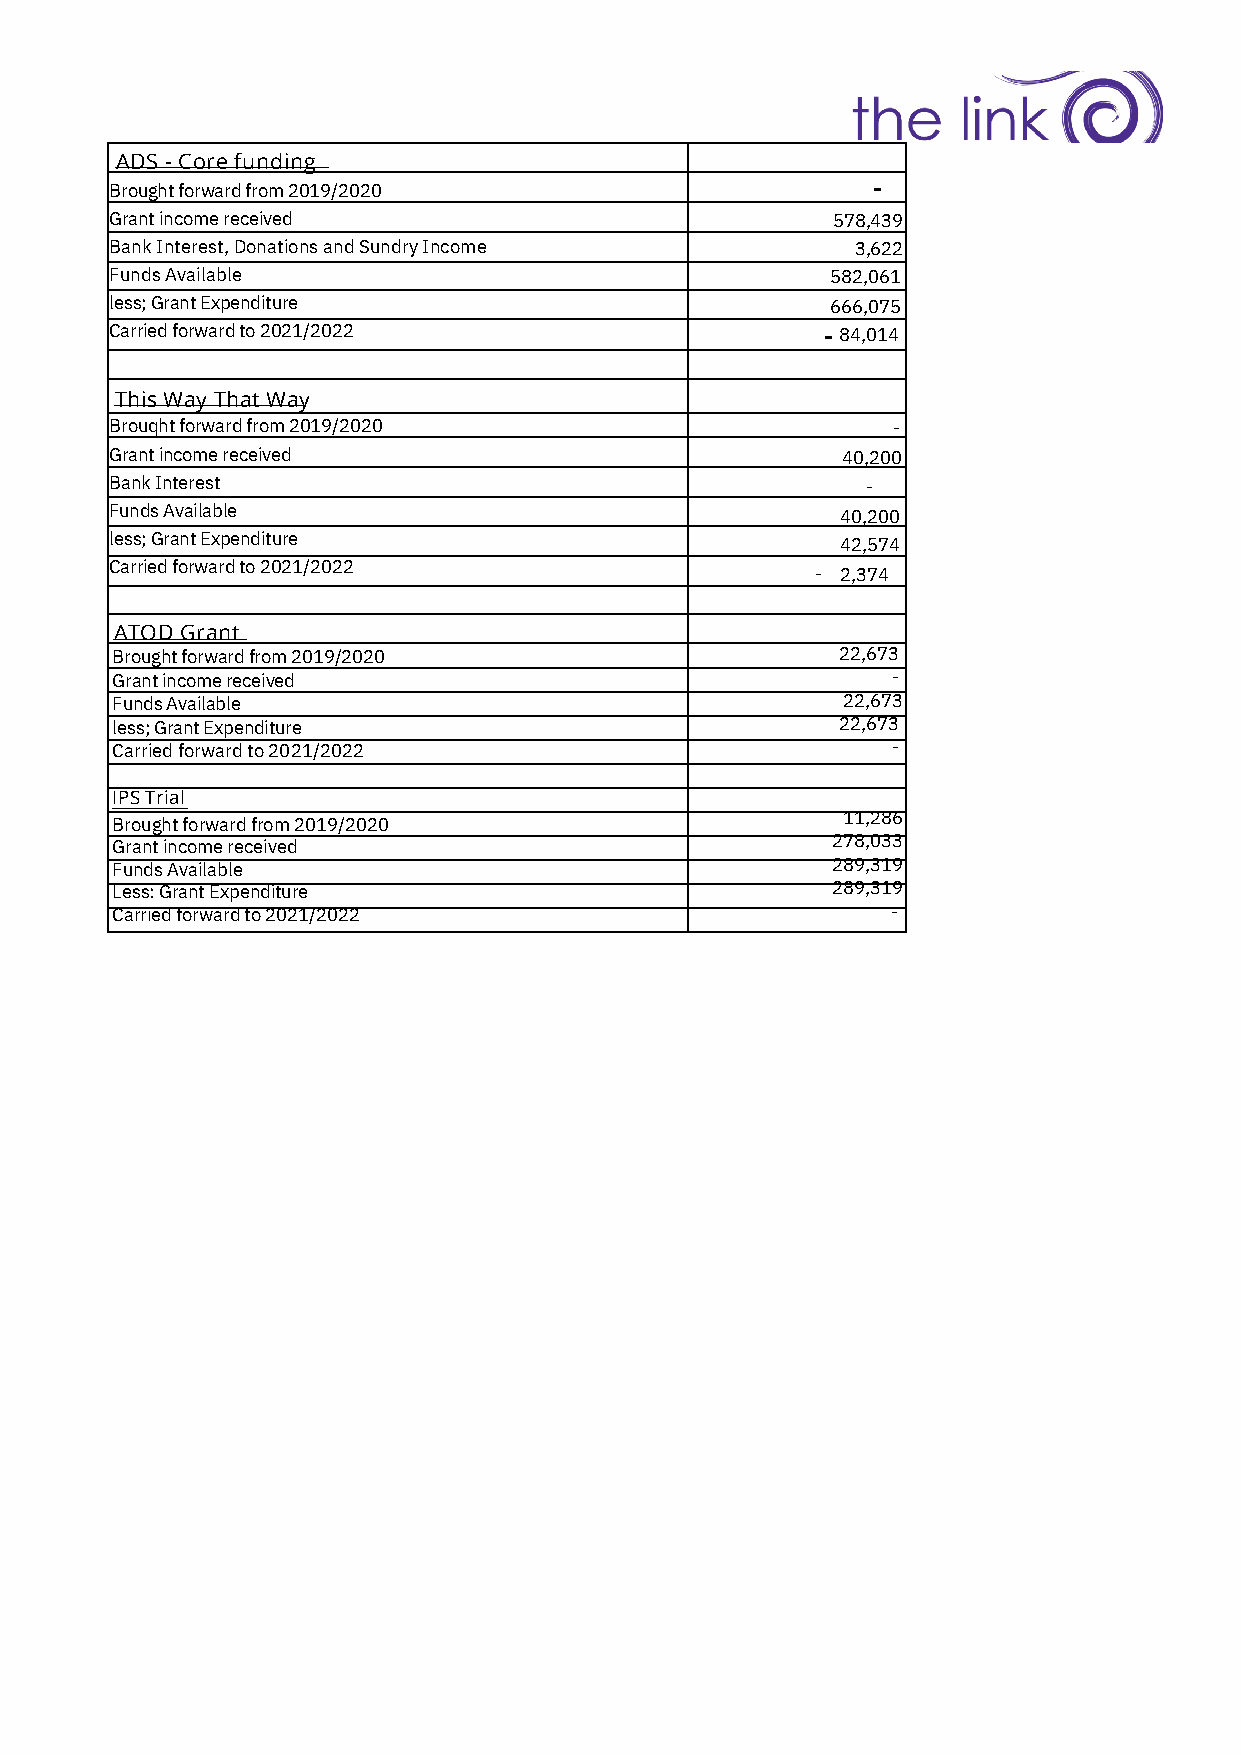
ADS - Core funding
 Brought forward from 2019/2020                     -
 Grant income received                           578,439
 Bank Interest, Donations and Sundry Income        3,622
 Funds Available                                 582,061
 less; Grant Expenditure                         666,075
 Carried forward to 2021/2022                   - 84,014
 This Way That Way
 Brouqht forward from 2019/2020                      -
 Grant income received                            40,200
 Bank Interest                                     -
 Funds Available                                  40,200
 less; Grant Expenditure                          42,574
 Carried forward to 2021/2022
 - 2,374
 ATOD Grant
 Brought forward from 2019/2020                   22,673
 Grant income received                               -
 Funds Available                                  22,673
 less; Grant Expenditure                          22,673
 Carried forward to 2021/2022                        -
 IPS Trial
 11,286
 Brought forward from 2019/2020
 Grant income received                           278,033
 Funds Available                                 289,319
 Less: Grant Expenditure                         289,319
 Carried forward to 2021/2022                        -